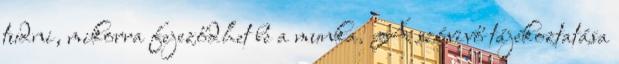
tudni, mikorra fejeződhet be a munka. A szóvivő tájékoztatása